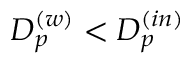
D _ { p } ^ { ( w ) } < D _ { p } ^ { ( i n ) }